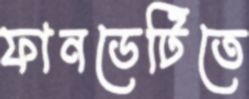
ফানডেটিতে